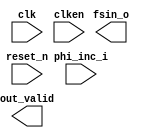

module NCO (
	clk,
	clken,
	phi_inc_i,
	fsin_o,
	out_valid,
	reset_n);	

	input		clk;
	input		clken;
	input	[23:0]	phi_inc_i;
	output	[11:0]	fsin_o;
	output		out_valid;
	input		reset_n;
endmodule